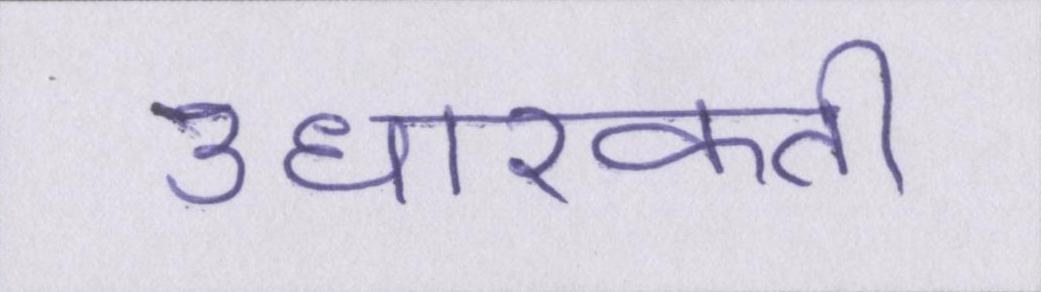
उधारकर्ता